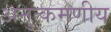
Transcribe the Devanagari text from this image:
अनुत्कमणीय